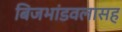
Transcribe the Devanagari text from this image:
बिजभांडवलासह